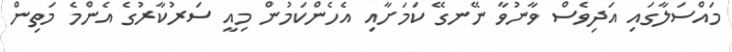
މައްސަލާގައި އަދިވެސް ވާނުވާ ނޭނގޭ ކަމަށާއި އެހެންކަމުން މިއީ ސަރުކާރުގެ އެންމެ މަތިން